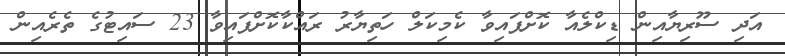
އަދި ސޫރިޔާއިން ޑިކްލެއާ ކޮށްފައިވާ ކެމިކަލް ހަތިޔާރު ރައްކާކޮށްފައިވާ 23 ސައިޓުގެ ތެރެއިން